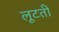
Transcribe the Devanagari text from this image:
लूटतीं